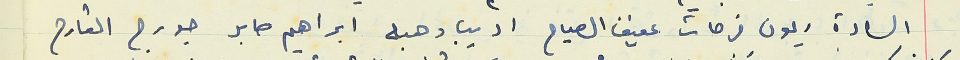
السادة ريمون فرحات عفيف الصياح اديب وهبه ابراهيم صابر جورج القارح